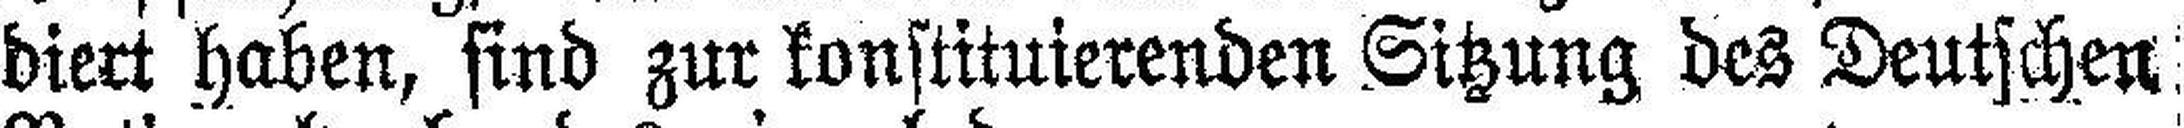
diert haben, sind zur konstituierenden Sitzung des Deutschen